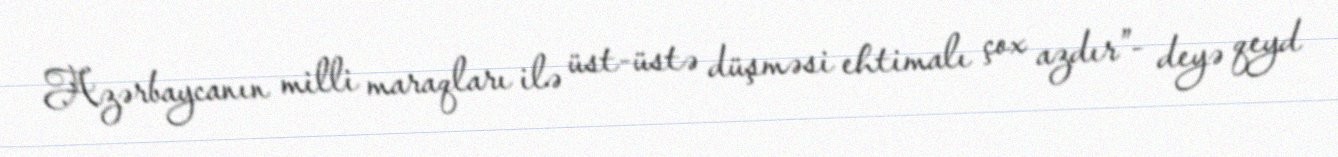
Azərbaycanın milli maraqları ilə üst-üstə düşməsi ehtimalı çox azdır”- deyə qeyd